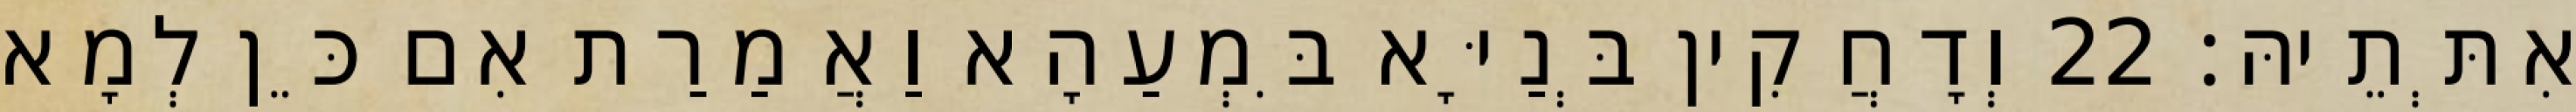
אִתְּתֵיהּ׃ 22 וְדָחֲקִין בְּנַיָּא בִּמְעַהָא וַאֲמַרַת אִם כֵּן לְמָא